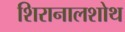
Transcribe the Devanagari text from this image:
शिरानालशोथ